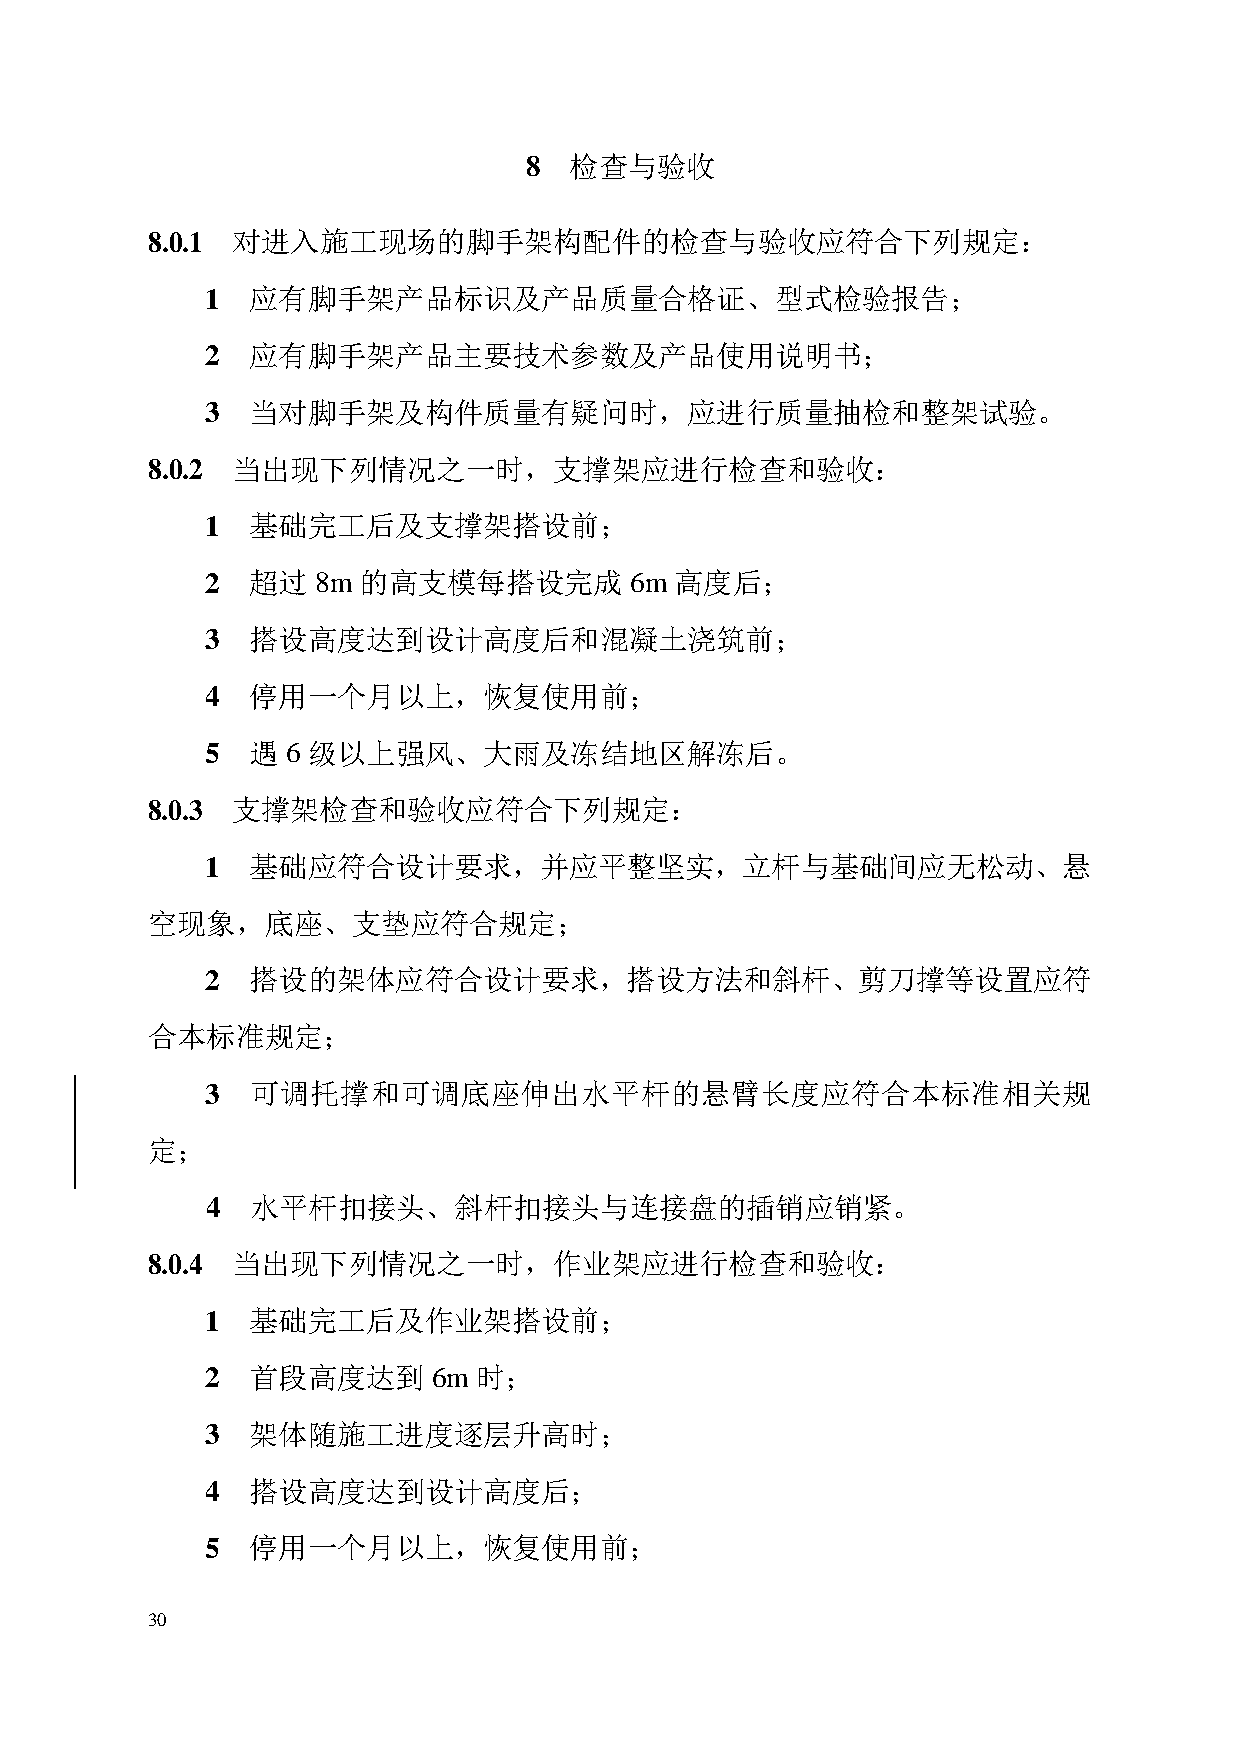
8  检查与验收
 8.0.1 对进入施工现场的脚手架构配件的检查与验收应符合下列规定：
 1 应有脚手架产品标识及产品质量合格证、型式检验报告；
 2 应有脚手架产品主要技术参数及产品使用说明书；
 3 当对脚手架及构件质量有疑问时，应进行质量抽检和整架试验。
 8.0.2 当出现下列情况之一时，支撑架应进行检查和验收：
 1 基础完工后及支撑架搭设前；
 2 超过   8m 的高支模每搭设完成         6m 高度后；
 3 搭设高度达到设计高度后和混凝土浇筑前；
 4 停用一个月以上，恢复使用前；
 5 遇  6 级以上强风、大雨及冻结地区解冻后。
 8.0.3 支撑架检查和验收应符合下列规定：
 1 基础应符合设计要求，并应平整坚实，立杆与基础间应无松动、悬
 空现象，底座、支垫应符合规定；
 2 搭设的架体应符合设计要求，搭设方法和斜杆、剪刀撑等设置应符
 合本标准规定；
 3  可调托撑和可调底座伸出水平杆的悬臂长度应符合本标准相关规
 定；
 4  水平杆扣接头、斜杆扣接头与连接盘的插销应销紧。
 8.0.4 当出现下列情况之一时，作业架应进行检查和验收：
 1 基础完工后及作业架搭设前；
 2 首段高度达到       6m 时；
 3 架体随施工进度逐层升高时；
 4 搭设高度达到设计高度后；
 5 停用一个月以上，恢复使用前；
 30